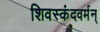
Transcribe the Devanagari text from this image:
शिवस्कंदवर्मन्